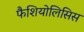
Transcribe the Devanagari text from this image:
फैशियोलिसिस